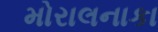
મોરાલનાકા